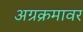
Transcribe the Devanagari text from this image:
अग्रक्रमावर